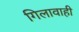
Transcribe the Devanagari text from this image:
गिलावाही